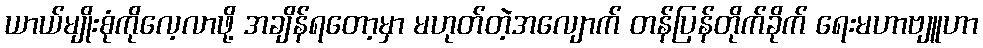
ယာယ်မျိုးစုံကိုလေ့လာဖို့ အချိန်ရတော့မှာ မဟုတ်တဲ့အလျောက် တန်ပြန်တိုက်ခိုက် ရေးမဟာဗျူဟာ